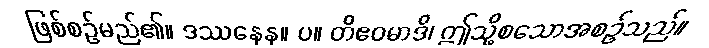
ဖြစ်စဉ်မည်၏။ ဒဿနေန။ ပ။ တိဧဝမာဒိ၊ ဤသို့စသောအစဉ်သည်။